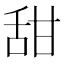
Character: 甜